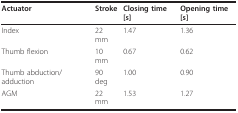
<table><thead><tr><td><b>Actuator</b></td><td><b>Stroke</b></td><td><b>Closing time [s]</b></td><td><b>Opening time [s]</b></td></tr></thead><tbody><tr><td>Index</td><td>22 mm</td><td>1.47</td><td>1.36</td></tr><tr><td>Thumb flexion</td><td>10 mm</td><td>0.67</td><td>0.62</td></tr><tr><td>Thumb abduction/adduction</td><td>90 deg</td><td>1.00</td><td>0.90</td></tr><tr><td>AGM</td><td>22 mm</td><td>1.53</td><td>1.27</td></tr></tbody></table>